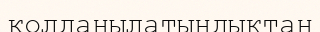
колданылатындықтан